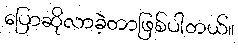
ပြောဆိုလာခဲ့တာဖြစ်ပါတယ်။